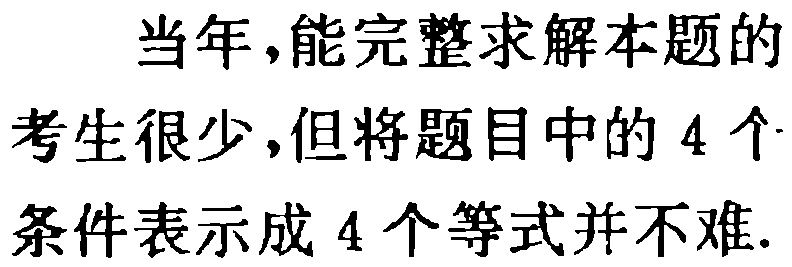
当年，能完整求解本题的
考生很少，但将题目中的 4 个
条件表示成 4 个等式并不难.